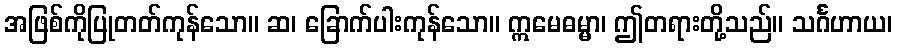
အဖြစ်ကိုပြုတတ်ကုန်သော။ ဆ၊ ခြောက်ပါးကုန်သော။ ဣမေဓမ္မာ၊ ဤတရားတို့သည်။ သင်္ဂဟာယ၊